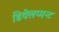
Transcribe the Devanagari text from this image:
डिवेलप्मन्ट